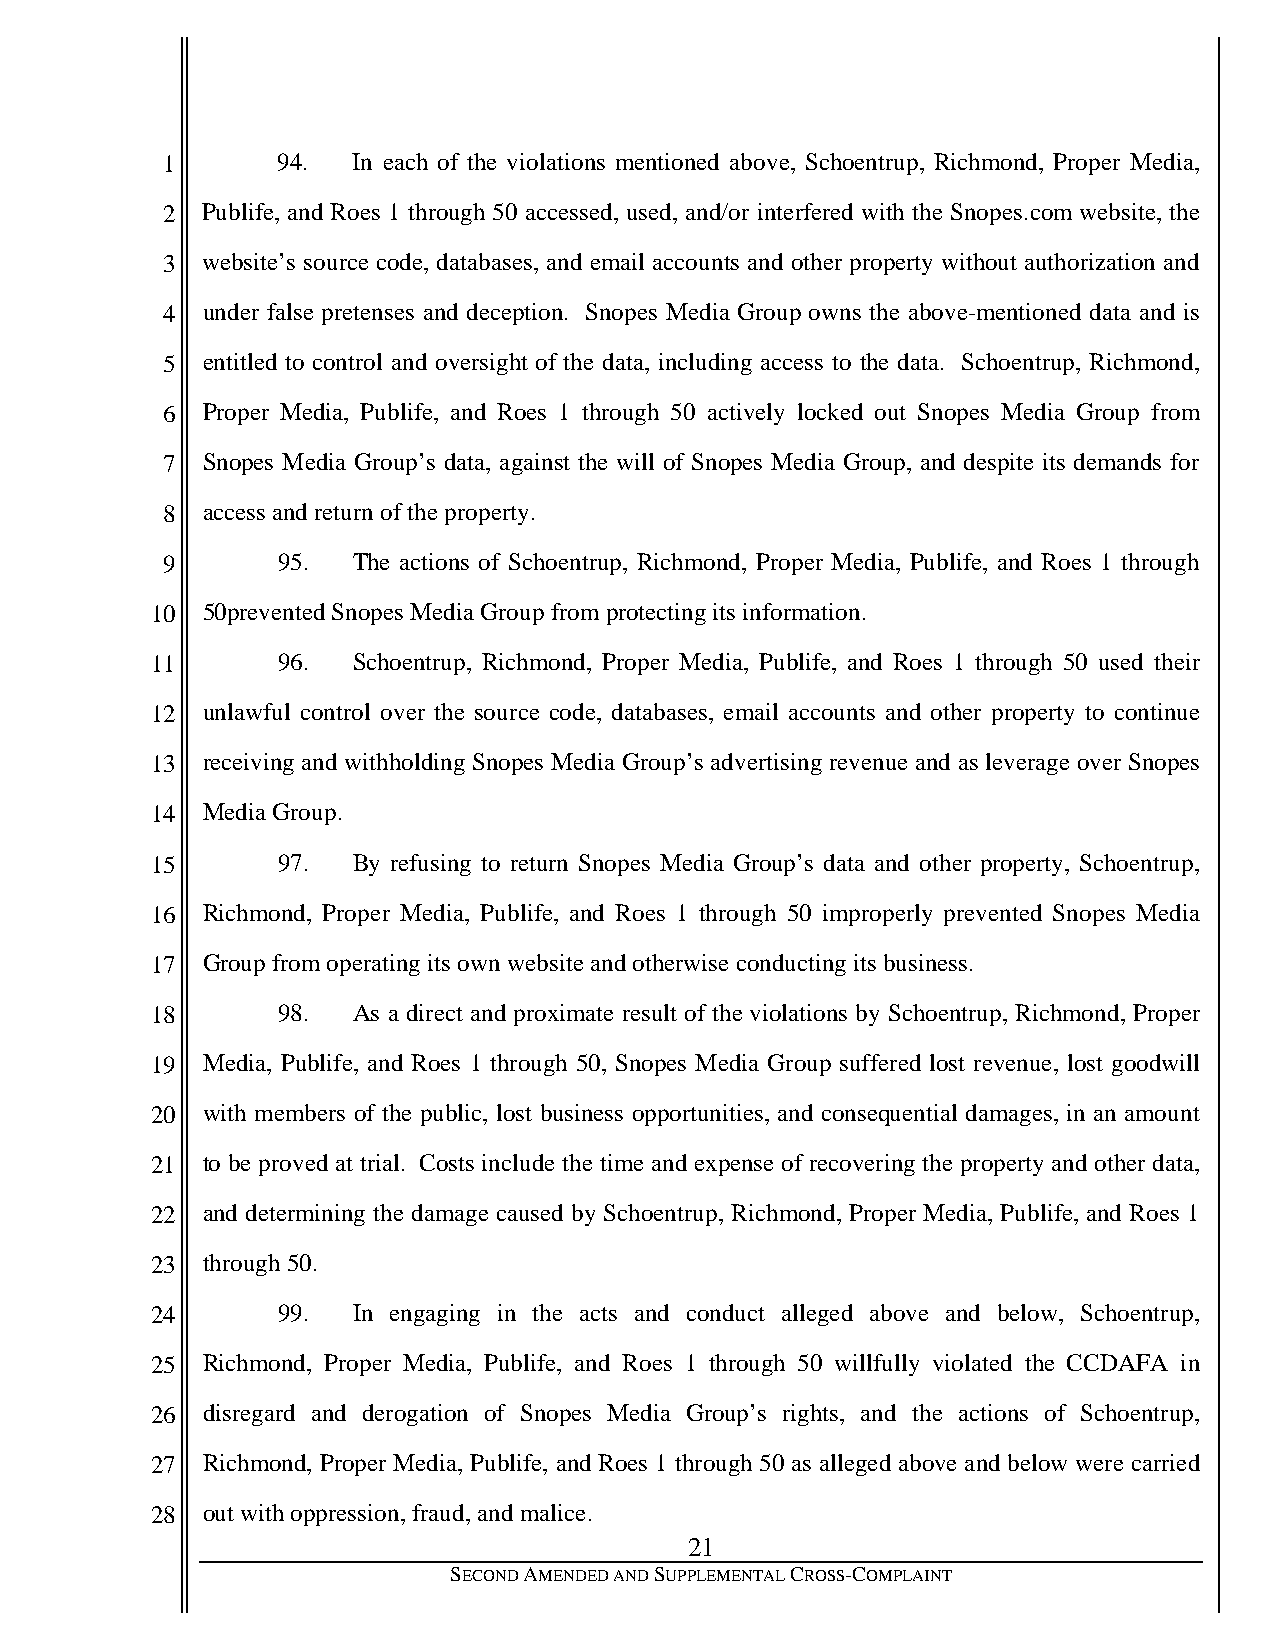
1      94.  In each of the violations mentioned above, Schoentrup, Richmond, Proper Media,
 2 Publife, and Roes 1 through 50 accessed, used, and/or interfered with the Snopes.com website, the
 3 website’s source code, databases, and email accounts and other property without authorization and
 4 under false pretenses and deception. Snopes Media Group owns the above-mentioned data and is
 5 entitled to control and oversight of the data, including access to the data. Schoentrup, Richmond,
 6 Proper Media, Publife, and Roes 1 through 50 actively locked out Snopes Media Group from
 7 Snopes Media Group’s data, against the will of Snopes Media Group, and despite its demands for
 8 access and return of the property.
 9      95.  The actions of Schoentrup, Richmond, Proper Media, Publife, and Roes 1 through
 10 50prevented Snopes Media Group from protecting its information.
 11      96.  Schoentrup, Richmond, Proper Media, Publife, and Roes 1 through 50 used their
 12 unlawful control over the source code, databases, email accounts and other property to continue
 13 receiving and withholding Snopes Media Group’s advertising revenue and as leverage over Snopes
 14 Media Group.
 15      97.  By refusing to return Snopes Media Group’s data and other property, Schoentrup,
 16 Richmond, Proper Media, Publife, and Roes 1 through 50 improperly prevented Snopes Media
 17 Group from operating its own website and otherwise conducting its business.
 18      98.  As a direct and proximate result of the violations by Schoentrup, Richmond, Proper
 19 Media, Publife, and Roes 1 through 50, Snopes Media Group suffered lost revenue, lost goodwill
 20 with members of the public, lost business opportunities, and consequential damages, in an amount
 21 to be proved at trial. Costs include the time and expense of recovering the property and other data,
 22 and determining the damage caused by Schoentrup, Richmond, Proper Media, Publife, and Roes 1
 23 through 50.
 24      99.  In engaging in the acts and conduct alleged above and below, Schoentrup,
 25 Richmond, Proper Media, Publife, and Roes 1 through 50 willfully violated the CCDAFA in
 26 disregard and derogation of Snopes Media Group’s rights, and the actions of Schoentrup,
 27 Richmond, Proper Media, Publife, and Roes 1 through 50 as alleged above and below were carried
 28 out with oppression, fraud, and malice.
 21
 SECOND AMENDED AND SUPPLEMENTAL CROSS-COMPLAINT